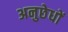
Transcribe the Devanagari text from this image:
अनुछेधों